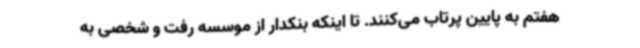
هفتم به پایین پرتاب می‌کنند. تا اینکه بنکدار از موسسه رفت و شخصی به